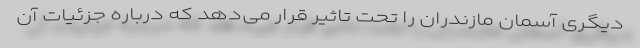
دیگری آسمان مازندران را تحت تاثیر قرار می‌دهد که درباره جزئیات آن